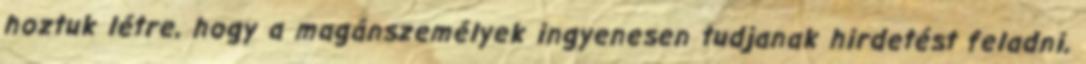
hoztuk létre, hogy a magánszemélyek ingyenesen tudjanak hirdetést feladni,